Papers set at the Examination for Leaving Certificates, 1892
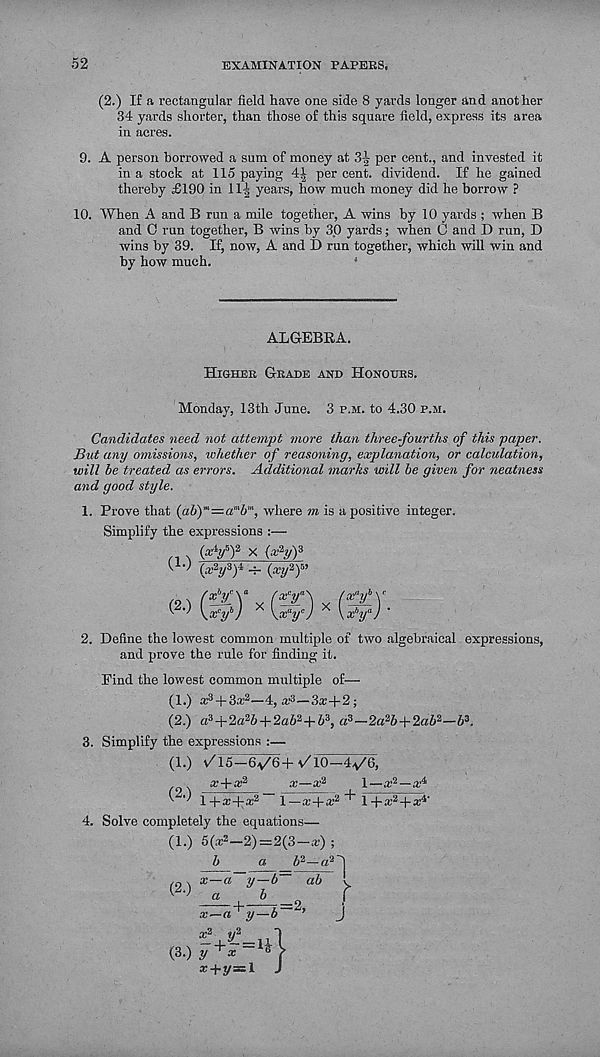
52
EXAMINATION PAPERS.
(2.) If a rectangular field have one side 8 yards longer and another
34 yards shorter, than those of this square field, express its area
in acres.
9. A person borrowed a sum of money at 3^ per cent., and invested it
in a stock at 115 paying 4^ per cent, dividend. If he gained
thereby £190 in 11^ years, how much money did he borrow P
10. When A and B run a mile together, A wins by 10 yards ; when B
and 0 run together, B wins by 30 yards; when G and D run, D
wins by 39. If, now, A and D run together, which will win and
by how much.
*
ALGEBRA.
Higher Grade and Honours.
Monday, 13th June. 3 p.m. to 4.30 p.m.
Candidates need not attempt more than three-fourths of this paper.
But any omissions, whether of reasoning, explanation, or calculation,
will be treated as errors. Additional marks will be given for neatness
and good style.
1. Prove that {ab)"'=a m b m , where m is a positive integer.
Simplify the expressions :—
(ary) 2 x (xhjY
' ‘I (x 2 y i ) i -r- (a;y 2 ) 5 ’
•fy \
jy.
2. Define the lowest common multiple of two algebraical expressions,
and prove the rule for finding it.
Find the lowest common multiple of—
(1.) a: 3 + 3* 2 —4, a; 3 —3a;+2;
(2.) a 3 +2a 2 6 + 2a6 2 +6 3 , a 3 -2a 2 6+2a6 2 -6 3 .
3. Simplify the expressions :—
(1.) v/l5-6v'6+ v'lO—ifG,
/x b y c \ a fxpf
(x a y h \ c
\x c y h ) X \x“y c ) X \x'y) ’
(2.)
x+x 2
l+a;-ka: 2 l—x+x 2
4. Solve completely the equations—
(1.) 5(a; 2 —2) = 2(3 — x) ;
b
a
+
1—x 2 -
1 +x 2 + x i '
x-a y-
^0 n
b
& 2 -a 2~l
b~ ab -
x—a^y-
i/2
1=2,
J
(3.)
x 2 y 2
O
y + x=^\
x+y=l J